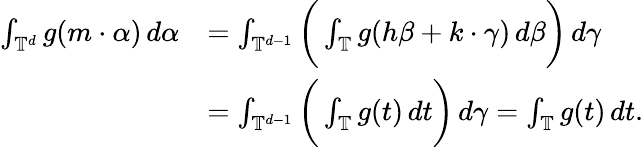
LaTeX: \begin{array}{rl}{\int_{\mathbb T^{d}}g(m\cdot\alpha)\, d\alpha}&{=\int_{\mathbb T^{d-1}}\bigg(\int_{\mathbb T}g(h\beta+k\cdot\gamma)\, d\beta\bigg)\, d\gamma}\\ &{=\int_{\mathbb T^{d-1}}\bigg(\int_{\mathbb T}g(t)\, dt\bigg)\, d\gamma=\int_{\mathbb T}g(t)\, dt.}\end{array}